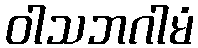
ဝါသဘဂါမံ